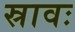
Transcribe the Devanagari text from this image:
स्रावः